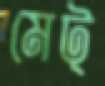
মেট্